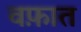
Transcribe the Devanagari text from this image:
वफ़ात